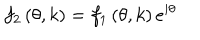
LaTeX: f _ { 2 } \left( \theta , k \right) = f _ { 1 } \left( \theta , k \right) e ^ { i \theta }